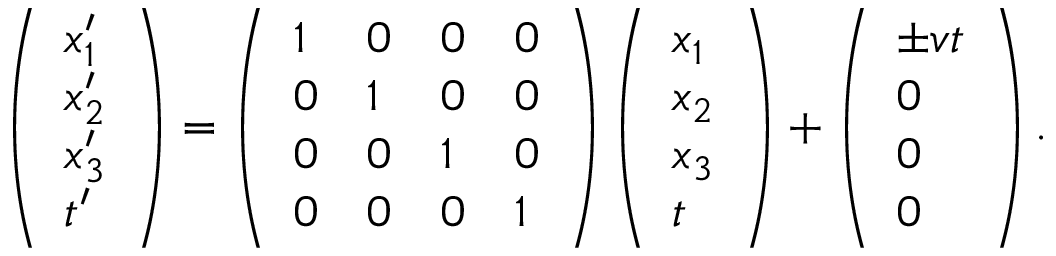
\begin{array} { r } { \left( \begin{array} { l } { x _ { 1 } ^ { \prime } } \\ { x _ { 2 } ^ { \prime } } \\ { x _ { 3 } ^ { \prime } } \\ { t ^ { \prime } } \end{array} \right) = \left( \begin{array} { l l l l } { 1 } & { 0 } & { 0 } & { 0 } \\ { 0 } & { 1 } & { 0 } & { 0 } \\ { 0 } & { 0 } & { 1 } & { 0 } \\ { 0 } & { 0 } & { 0 } & { 1 } \end{array} \right) \left( \begin{array} { l } { x _ { 1 } } \\ { x _ { 2 } } \\ { x _ { 3 } } \\ { t } \end{array} \right) + \left( \begin{array} { l } { \pm v t } \\ { 0 } \\ { 0 } \\ { 0 } \end{array} \right) . } \end{array}